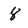
Character: 8